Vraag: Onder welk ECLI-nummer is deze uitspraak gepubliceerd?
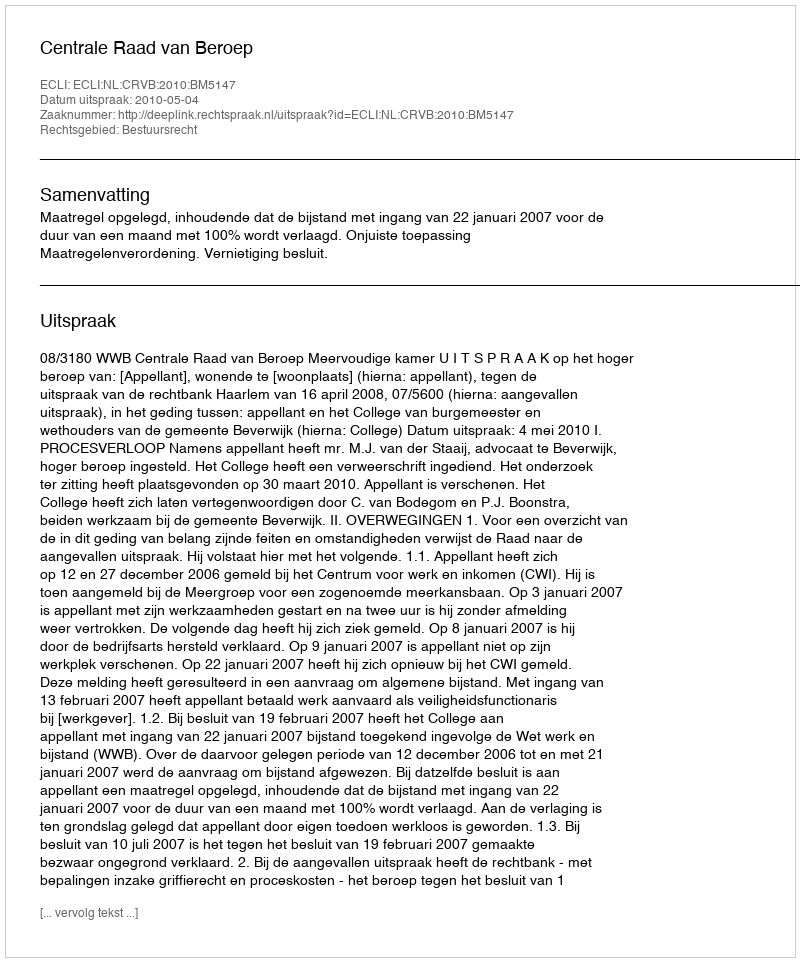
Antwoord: ECLI:NL:CRVB:2010:BM5147